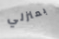
بمنزلي